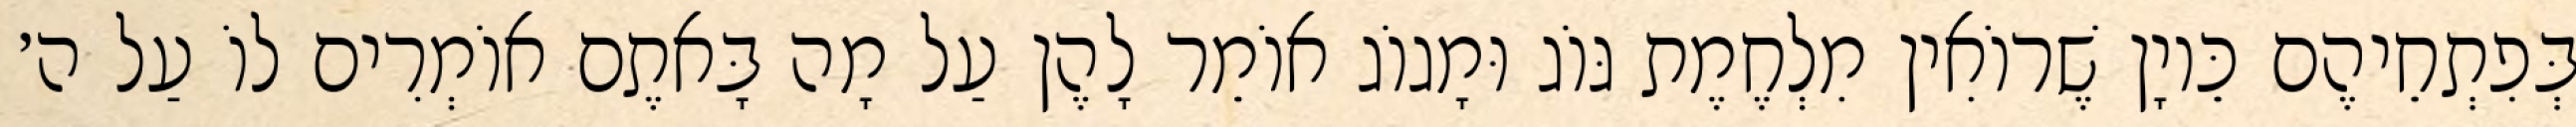
בְּפִתְחֵיהֶם כֵּיוָן שֶׁרוֹאִין מִלְחֶמֶת גּוֹג וּמָגוֹג אוֹמֵר לָהֶן עַל מָה בָּאתֶם אוֹמְרִים לוֹ עַל ה׳